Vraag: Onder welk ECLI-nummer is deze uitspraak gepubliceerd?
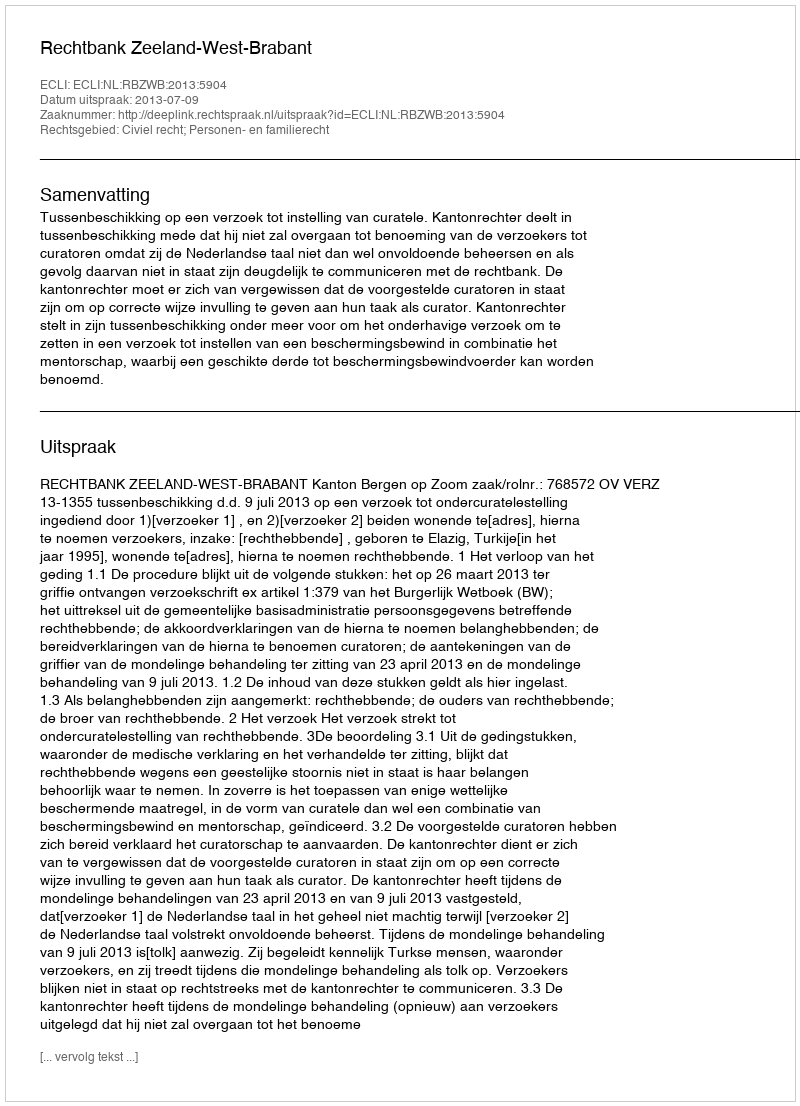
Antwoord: ECLI:NL:RBZWB:2013:5904